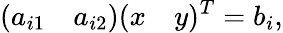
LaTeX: (a_{i1}\quad a_{i2})(x\quad y)^{T}=b_{i},